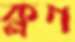
ক্লগ